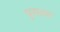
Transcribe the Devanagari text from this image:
पुरात्मा